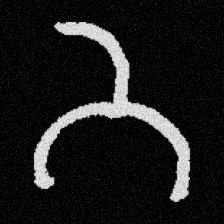
Pyu character \u2014 Myanmar letter: ဘ (romanized: bha)